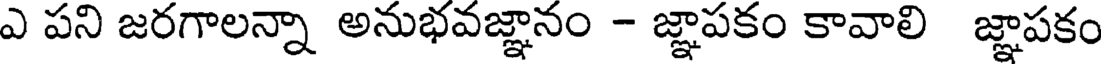
ఎ పని జరగాలన్నా అనుభవజ్ఞానం - జ్ఞాపకం కావాలి జ్ఞాపకం